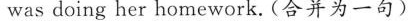
was doing her homework. (合并为一句)